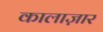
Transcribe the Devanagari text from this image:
कालाज़ार